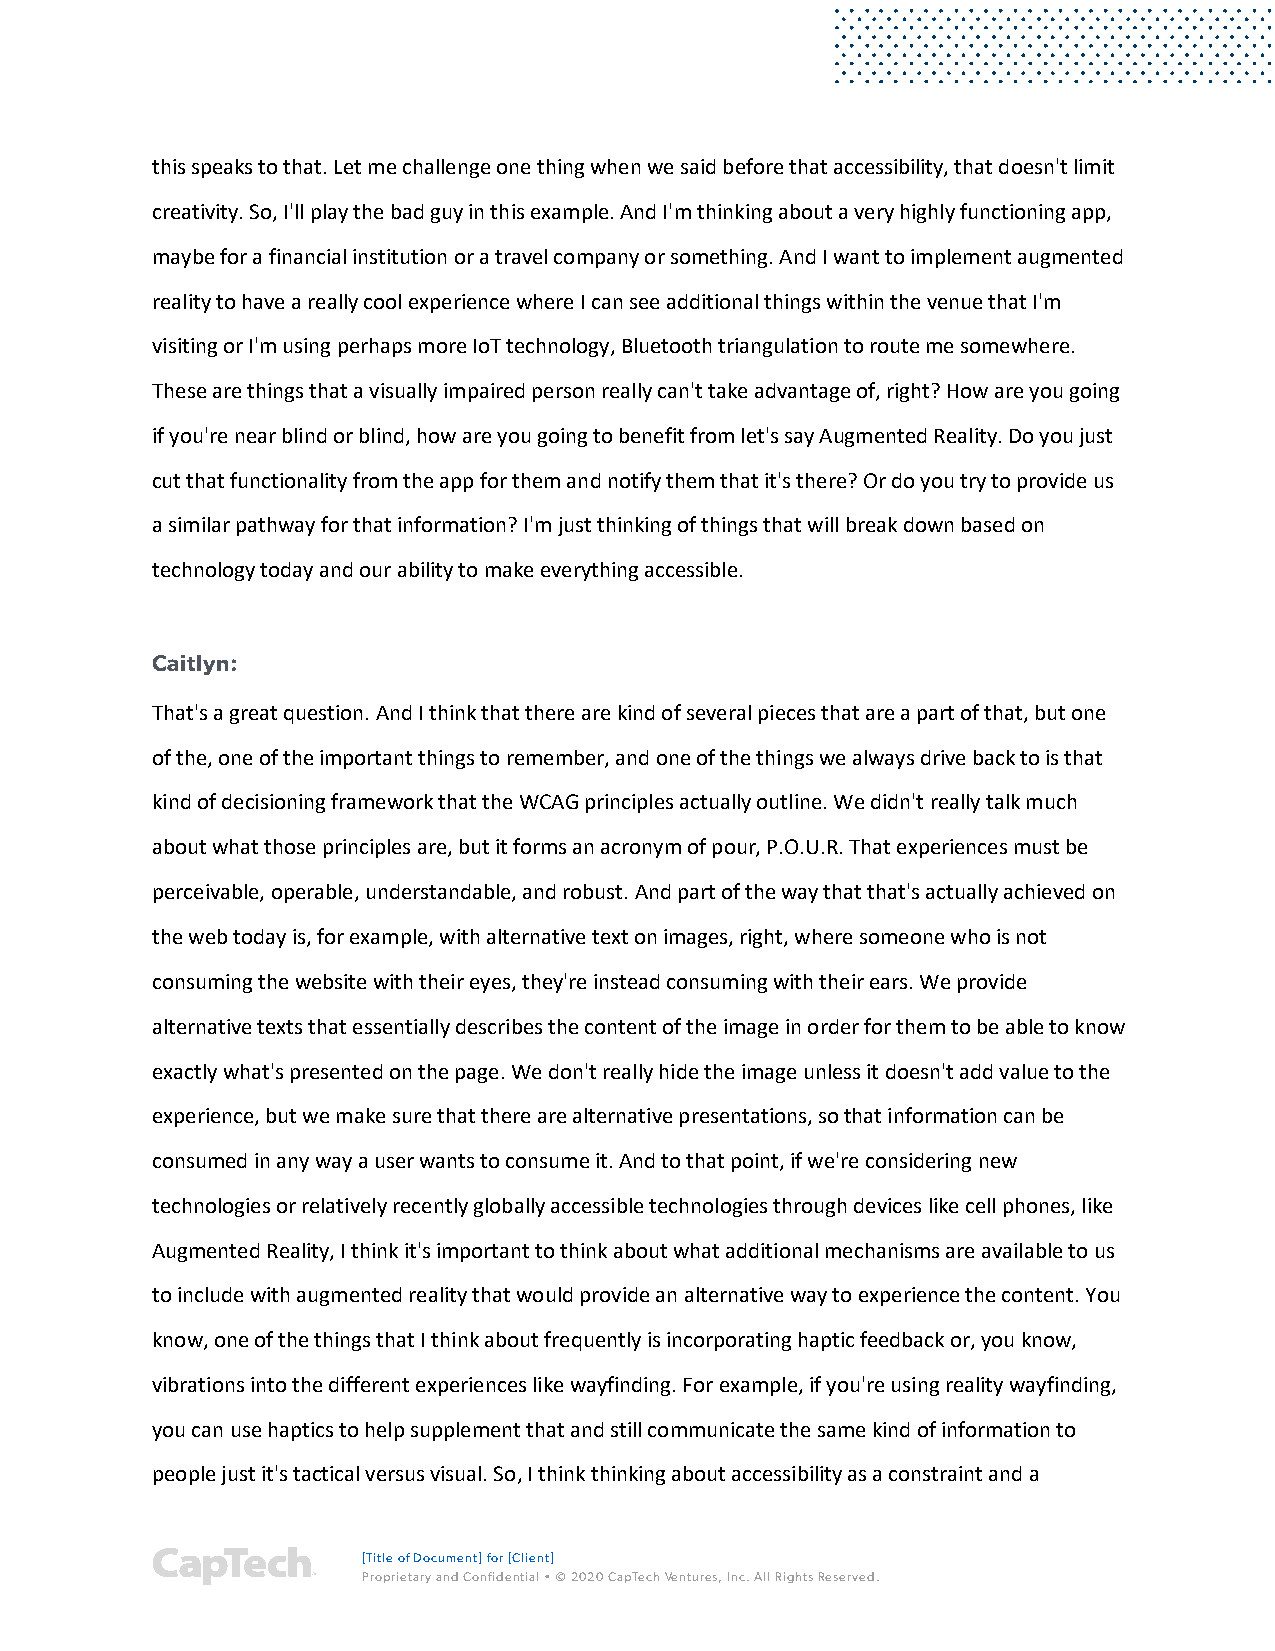
this speaks to that. Let me challenge one thing when we said before that accessibility, that doesn't limit
 creativity. So, I'll play the bad guy in this example. And I'm thinking about a very highly functioning app,
 maybe for a financial institution or a travel company or something. And I want to implement augmented
 reality to have a really cool experience where I can see additional things within the venue that I'm
 visiting or I'm using perhaps more IoT technology, Bluetooth triangulation to route me somewhere.
 These are things that a visually impaired person really can't take advantage of, right? How are you going
 if you're near blind or blind, how are you going to benefit from let's say Augmented Reality. Do you just
 cut that functionality from the app for them and notify them that it's there? Or do you try to provide us
 a similar pathway for that information? I'm just thinking of things that will break down based on
 technology today and our ability to make everything accessible.
 Caitlyn:
 That's a great question. And I think that there are kind of several pieces that are a part of that, but one
 of the, one of the important things to remember, and one of the things we always drive back to is that
 kind of decisioning framework that the WCAG principles actually outline. We didn't really talk much
 about what those principles are, but it forms an acronym of pour, P.O.U.R. That experiences must be
 perceivable, operable, understandable, and robust. And part of the way that that's actually achieved on
 the web today is, for example, with alternative text on images, right, where someone who is not
 consuming the website with their eyes, they're instead consuming with their ears. We provide
 alternative texts that essentially describes the content of the image in order for them to be able to know
 exactly what's presented on the page. We don't really hide the image unless it doesn't add value to the
 experience, but we make sure that there are alternative presentations, so that information can be
 consumed in any way a user wants to consume it. And to that point, if we're considering new
 technologies or relatively recently globally accessible technologies through devices like cell phones, like
 Augmented Reality, I think it's important to think about what additional mechanisms are available to us
 to include with augmented reality that would provide an alternative way to experience the content. You
 know, one of the things that I think about frequently is incorporating haptic feedback or, you know,
 vibrations into the different experiences like wayfinding. For example, if you're using reality wayfinding,
 you can use haptics to help supplement that and still communicate the same kind of information to
 people just it's tactical versus visual. So, I think thinking about accessibility as a constraint and a
 [Title of Document] for [Client]
 Proprietary and Confidential • © 2020 CapTech Ventures, Inc. All Rights Reserved.